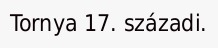
Tornya 17. századi.